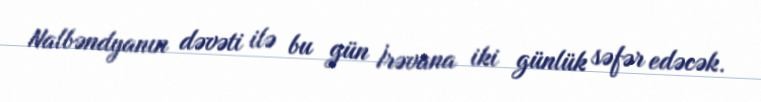
Nalbəndyanın dəvəti ilə bu gün İrəvana iki günlük səfər edəcək.